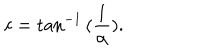
LaTeX: c = \tan ^ { - 1 } { ( \frac { 1 } { \alpha } ) } .